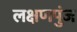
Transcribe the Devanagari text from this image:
लक्षणपुंज